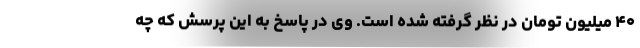
۴۰ میلیون تومان در نظر گرفته شده است. وی در پاسخ به این پرسش که چه